Report on vaccination in Madras 1877-1894 - 1877-1894
Year: 1877
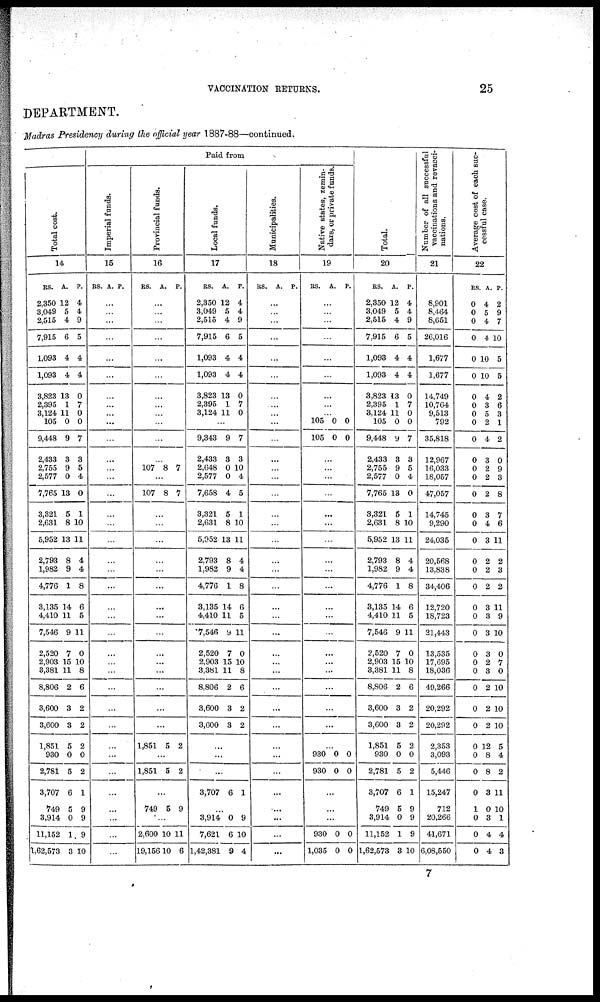
VACCINATION RETURNS.
25
DEPARTMENT.
Madras Presidency during the official year 1887-88—continued.
Paid from
Total cost.
14
RS.
2,350
3,049
2,515
7,915
1,093
1,093
3,823
2,395
3,124
105
9,448
2,433
2,755
2,577
7,765
3,321
2,631
5,952
2,793
1,982
4,776
3,135
4,410
7,546
2,520
2,903
3,381
8,806
3,600
3,600
1,851
930
2,781
3,707
749
3,914
11,152
1,62,573
A.
12
5
4
6
4
4
13
1
11
0
9
3
9
0
13
5
8
13
8
9
1
14
11
9
7
15
11
2
3
3
5
0
5
6
5
0
1
3
P.
4
4
9
5
4
4
0
7
0
0
7
3
5
4
0
1
10
11
4
4
8
6
5
11
0
10
8
6
2
2
2
0
2
1
9
9
9
10
Imperial funds.
15
RS. A. P.
...
...
...
...
...
...
...
...
...
...
...
...
...
...
...
...
...
...
...
...
...
...
...
...
...
...
...
...
...
...
...
...
...
...
...
...
...
...
Provincial funds.
16
RS.
A. P.
...
...
...
...
...
...
...
...
...
...
...
...
107 8 7
...
107 8 7
...
...
...
...
...
...
...
...
...
...
...
...
...
...
...
1,851 5 2
...
1,851 5 2
...
749 5 9
...
2,600
19,156
10
10
11
6
Local funds.
17
RS.
2,350
3,049
2,515
7,915
1,093
1,093
3,823
2,395
3,124
A.
12
5
4
6
4
4
13
1
11
P.
4
4
9
5
4
4
0
7
0
...
9,343
2,433
2,648
2,577
7,658
3,321
2,631
5,952
2,793
1,982
4,776
3,135
4,410
7,546
2,520
2,903
3,381
8,806
3,600
3,600
9
3
0
0
4
5
8
13
8
9
1
14
11
9
7
15
11
2
3
3
7
3
10
4
5
1
10
11
4
4
8
6
5
11
0
10
8
6
2
2
...
...
...
3,707 6 1
...
3,914
7,621
1,42,381
0
6
9
9
10
4
Municipalities.
18
RS.
A. P.
...
...
...
...
...
...
...
...
...
...
...
...
...
...
...
...
...
...
...
...
...
...
...
...
...
...
...
...
...
...
...
...
...
...
...
...
...
...
Native states, zemin-
dars, or private funds.
19
RS.
A. P.
...
...
...
...
...
...
...
...
...
105
105
0
0
0
0
...
...
...
...
...
...
...
...
...
...
...
...
...
...
...
...
...
...
...
...
930
930
0
0
0
0
...
...
...
930
1,035
0
0
0
0
Total.
20
RS.
2,350
3,049
2,515
7,915
1,093
1,093
3,823
2,395
3,124
105
9,448
2,433
2,755
2,577
7,765
3,321
2,631
5,952
2,793
1,982
4,776
3,135
4,410
7,546
2,520
2,903
3,381
8,806
3,600
3,600
1,851
930
2,781
3,707
749
3,914
11,152
1,62,573
A.
12
5
4
6
4
4
13
1
11
0
9
3
9
0
13
5
8
13
8
9
1
14
11
9
7
15
11
2
3
3
5
0
5
6
5
0
1
3
P.
4
4
9
5
4
4
0
7
0
0
7
3
5
4
0
1
10
11
4
4
8
6
5
11
0
10
8
6
2
2
2
0
2
1
9
9
9
10
Number of all successful
vaccinations and revacci¬
nations.
21
8,901
8,464
8,651
26,016
1,677
1,677
14,749
10,764
9,513
792
35,818
12,967
16,033
18,057
47,057
14,745
9,290
24,035
20,568
13,838
34,406
12,720
18,723
31,443
13,535
17,695
18,036
49,266
20,292
20,292
2,353
3,093
5,446
15,247
712
20,266
41,671
6,08,550
Average cost of each suc-
cessful case.
22
RS.
0
0
0
0
0
0
0
0
0
0
0
0
0
0
0
0
0
0
0
0
0
0
0
0
0
0
0
0
0
0
0
0
0
0
1
0
0
0
A.
4
5
4
4
10
10
4
3
5
2
4
3
2
2
2
3
4
3
2
2
2
3
3
3
3
2
3
2
2
2
12
8
8
3
0
3
4
4
P.
2
9
7
10
5
5
2
6
3
1
2
0
9
3
8
7
6
11
2
3
2
11
9
10
0
7
0
10
10
10
5
4
2
11
10
1
4
3
7